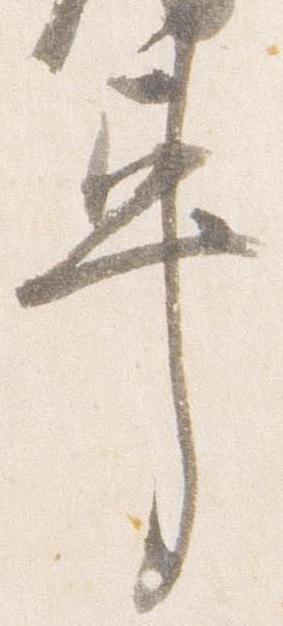
車